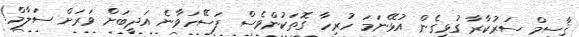
ޤާސިމް ސަރުކާރާ ގުޅިގެން އުޅޭނަމަ ހުރިހާ ގޮތަކުންވެސް ފަސޭހަވާނެ އަދީބަށް ވަރަށް ސަލާމް!